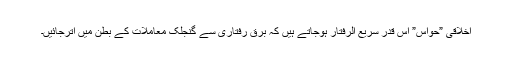
اخلاقی ”حواس” اس قدر سریع الرفتار ہوجاتے ہیں کہ برق رفتاری سے گنجلک معاملات کے بطن میں اترجائیں۔